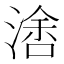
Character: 𰜭